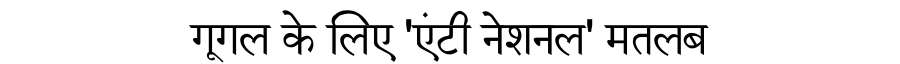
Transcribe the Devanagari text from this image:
गूगल के लिए 'एंटी नेशनल' मतलब